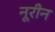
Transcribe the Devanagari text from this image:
नूरीन